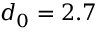
d _ { 0 } = 2 . 7